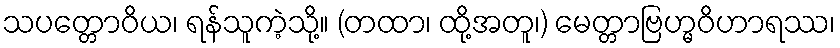
သပတ္တောဝိယ၊ ရန်သူကဲ့သို့။ (တထာ၊ ထို့အတူ၊) မေတ္တာဗြဟ္မဝိဟာရဿ၊